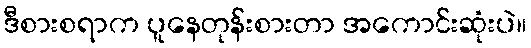
ဒီစားစရာက ပူနေတုန်းစားတာ အကောင်းဆုံးပဲ။